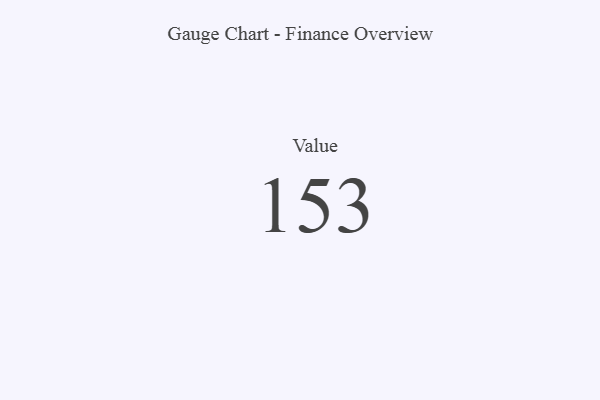
{"axis": {"x": "Metric", "y": "Value"}, "legend": [""], "data": [{"x": "Value", "y": 153, "type": ""}]}